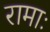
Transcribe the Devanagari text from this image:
रामाः